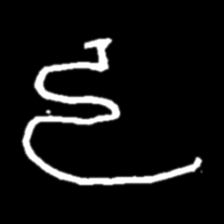
Pyu character \u2014 Myanmar letter: ဠ (romanized: lla)